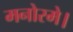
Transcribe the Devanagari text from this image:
मनोरमे।